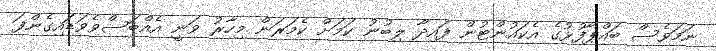
ނަމަވެސް ބައްޕާފުޅުގެ އެކައުންޓުން ފައިދާ ލިބުނު ކަމަށް ކެމަރަން މިހާރު ވަނީ އެއްބަސްވެވަޑައިގެންފަ